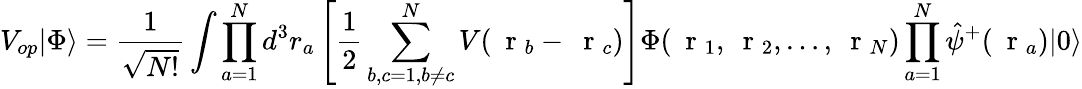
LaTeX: V_{op}|\Phi\rangle=\frac{1}{\sqrt{N!}}\int\prod_{a=1}^{N}d^{3}r_{a}\left[\frac{1}{2}\sum_{b,c=1,b\ne c}^{N}V(\mathrm{~\mathbf~r~}_{b}-\mathrm{~\mathbf~r~}_{c})\right]\Phi(\mathrm{~\mathbf~r~}_{1},\mathrm{~\mathbf~r~}_{2},\dots,\mathrm{~\mathbf~r~}_{N})\prod_{a=1}^{N}\hat{\psi}^{+}(\mathrm{~\mathbf~r~}_{a})|0\rangle